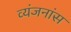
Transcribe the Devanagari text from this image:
व्यंजनांस